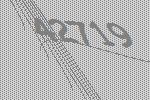
42719